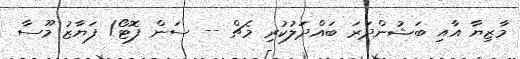
މާޒިޔާ އާއި ބަޝުންދަރަ ބައްދަލުކުރި މެޗް -- ސަން ފޮޓޯ/ ފަޔާޒު މޫސާ